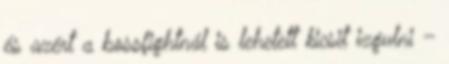
és azért a bossfightnál is lehetett kicsit izgulni –